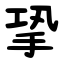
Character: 㧬